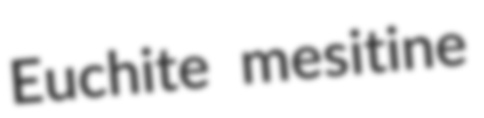
Euchite mesitine